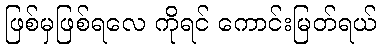
ဖြစ်မှဖြစ်ရလေ ကိုရင် ကောင်းမြတ်ရယ်